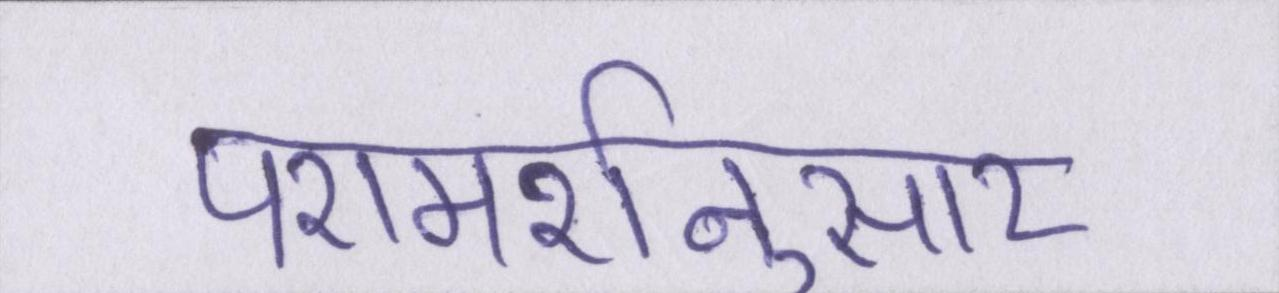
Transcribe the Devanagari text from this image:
परामर्शनुसार